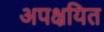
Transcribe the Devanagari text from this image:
अपक्षयित